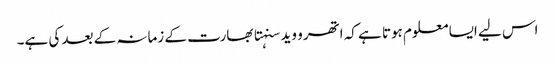
اس لیے ایسا معلوم ہوتا ہے کہ اتھرو وید سنہتا بھارت کے زمانہ کے بعد کی ہے۔